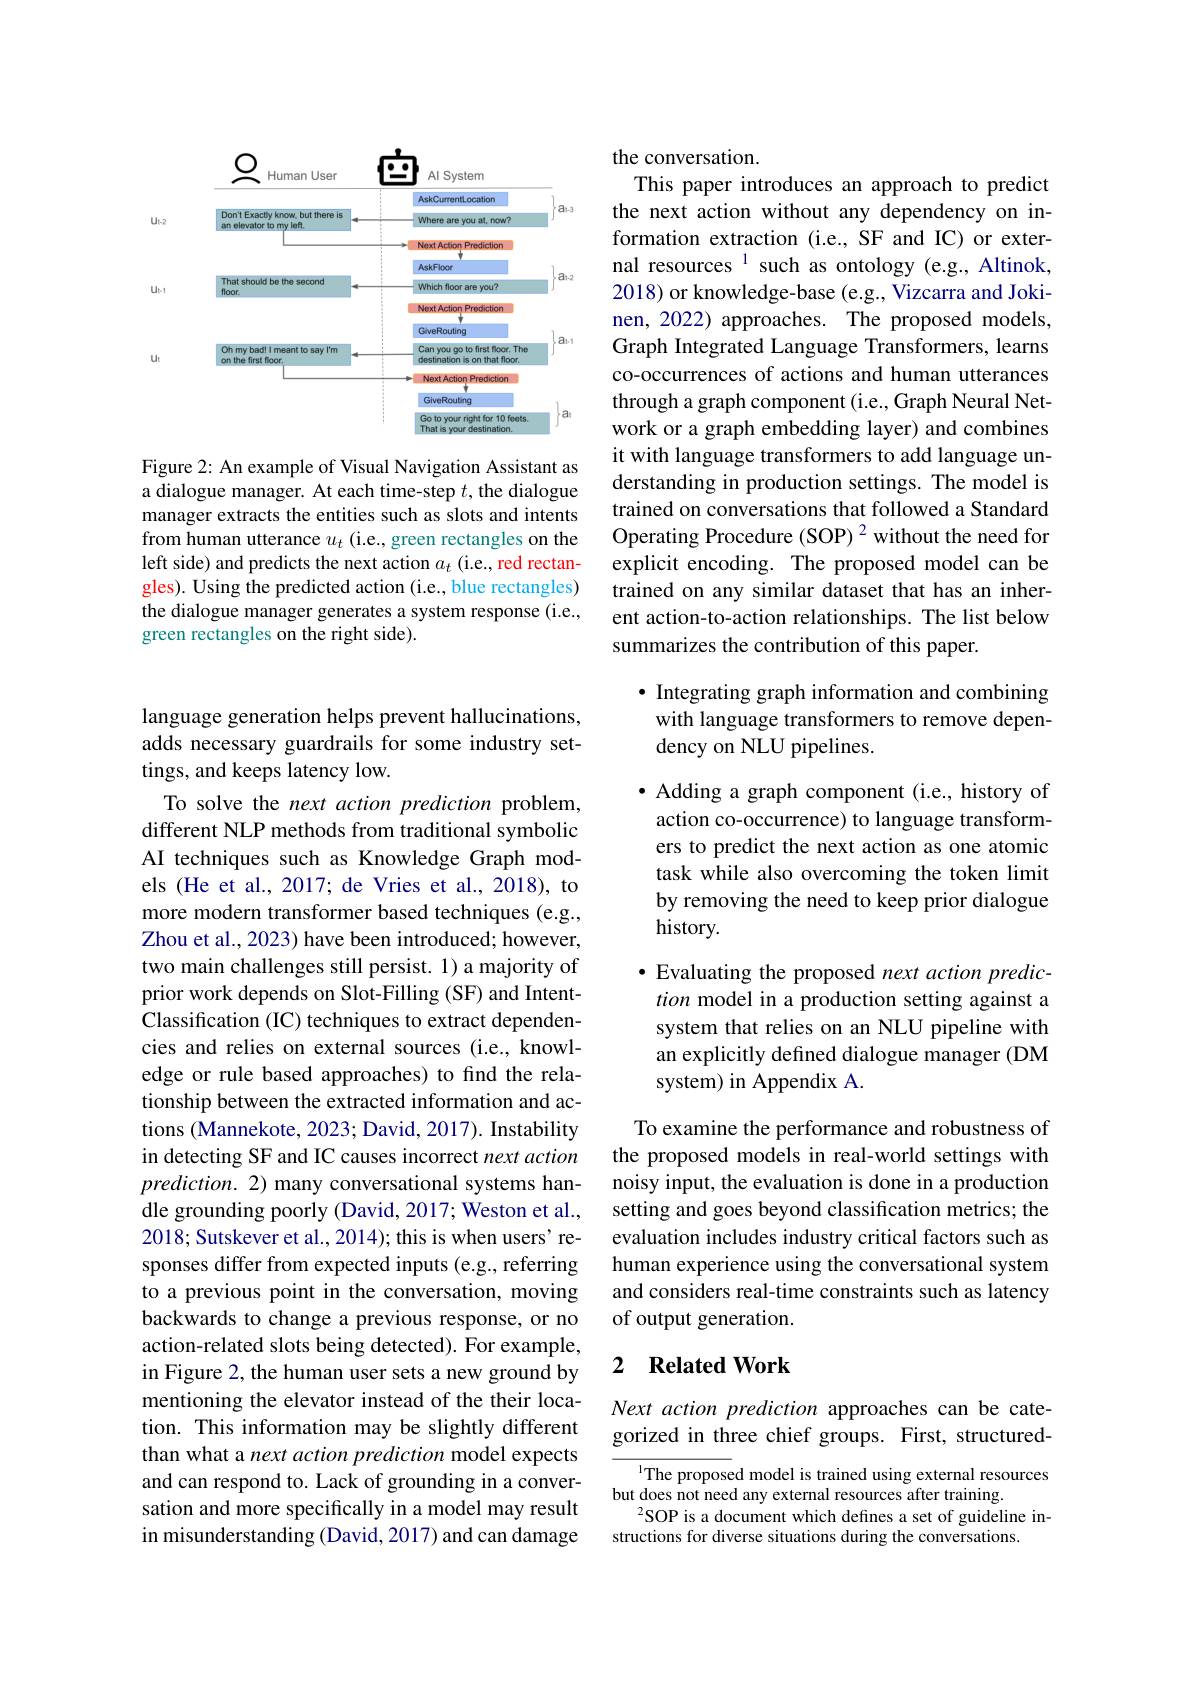
<FigureHere>

Figure 2: An example of Visual Navigation Assistant as a dialogue manager. At each time-step $t$, the dialogue manager extracts the entities such as slots and intents from human utterance $u_t$ (i.e., green rectangles on the left side) and predicts the next action $a_t$ (i.e., red rectangles). Using the predicted action (i.e., blue rectangles) the dialogue manager generates a system response (i.e., green rectangles on the right side).

language generation helps prevent hallucinations, adds necessary guardrails for some industry settings, and keeps latency low.
To solve the next action prediction problem, different NLP methods from traditional symbolic AI techniques such as Knowledge Graph models (He et al., 2017; de Vries et al., 2018), to more modern transformer based techniques (e.g., Zhou et al., 2023) have been introduced; however, two main challenges still persist. 1) a majority of prior work depends on Slot-Filling (SF) and IntentClassification (IC) techniques to extract dependencies and relies on external sources (i.e., knowledge or rule based approaches) to find the relationship between the extracted information and actions (Mannekote, 2023; David, 2017). Instability in detecting SF and IC causes incorrect next action prediction. 2) many conversational systems handle grounding poorly (David, 2017; Weston et al., 2018; Sutskever et al., 2014); this is when users' responses differ from expected inputs (e.g., referring to a previous point in the conversation, moving backwards to change a previous response, or no action-related slots being detected). For example, in Figure 2, the human user sets a new ground by mentioning the elevator instead of the their location. This information may be slightly different than what a next action prediction model expects and can respond to. Lack of grounding in a conversation and more specifically in a model may result in misunderstanding (David, 2017) and can damage

the conversation.
This paper introduces an approach to predict the next action without any dependency on information extraction (i.e., SF and IC) or external resources $^{1}$ such as ontology (e.g., Altinok, 2018) or knowledge-base (e.g., Vizcarra and Jokinen, 2022) approaches. The proposed models, Graph Integrated Language Transformers, learns co-occurrences of actions and human utterances through a graph component (i.e., Graph Neural Network or a graph embedding layer) and combines it with language transformers to add language understanding in production settings. The model is trained on conversations that followed a Standard Operating Procedure (SOP) 2 without the need for explicit encoding. The proposed model can be trained on any similar dataset that has an inherent action-to-action relationships. The list below summarizes the contribution of this paper.

$\bullet$ Integrating graph information and combining with language transformers to remove dependency on NLU pipelines.

· Adding a graph component (i.e., history of action co-occurrence) to language transformers to predict the next action as one atomic task while also overcoming the token limit by removing the need to keep prior dialogue history.

· Evaluating the proposed next action prediction model in a production setting against a system that relies on an NLU pipeline with an explicitly defined dialogue manager (DM system) in Appendix A.

To examine the performance and robustness of the proposed models in real-world settings with noisy input, the evaluation is done in a production setting and goes beyond classification metrics; the evaluation includes industry critical factors such as human experience using the conversational system and considers real-time constraints such as latency of output generation.

### 2 $\textbf{Related Work}$

Next action prediction approaches can be categorized in three chief groups. First, structured-

The proposed model is trained using external resources
but does not need any external resources after training.
$^{2}$SOP is a document which defines a set of guideline in-
structions for diverse situations during the conversations